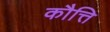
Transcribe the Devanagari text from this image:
कौत्ति